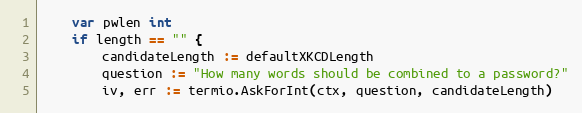
Language: Go
	var pwlen int
	if length == "" {
		candidateLength := defaultXKCDLength
		question := "How many words should be combined to a password?"
		iv, err := termio.AskForInt(ctx, question, candidateLength)